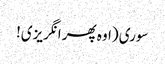
سوری (اوہ پھر انگریزی!